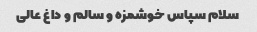
سلام سپاس خوشمزه و سالم و داغ عالی